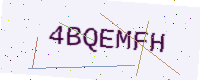
Text: 4BQEMFH